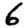
Digit: 6